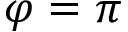
\varphi = \pi